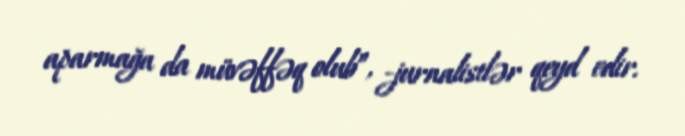
aparmağa da müvəffəq olub”, -jurnalistlər qeyd edir.